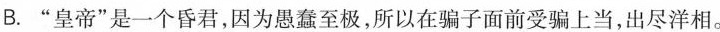
B.”皇帝”是一个昏君，因为愚蠢至极，所以在骗子面前受骗上当，出尽洋相。